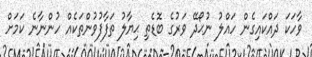
ވާހަކަ ދައްކައިގެން ހައްލު ނުޙޯދޭ ވަރުގެ ބޮޑެތި ޙިޔާލު ތަފާފުވުންތަކެއް ހުންނާނެ ކަމަށް